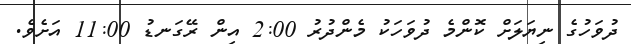
ދުވަހުގެ ނިޔަލަށް ކޮންމެ ދުވަހަކު މެންދުރު 2:00 އިން ރޭގަނޑު 11:00 އަށެވެ.